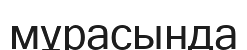
мұрасында